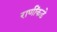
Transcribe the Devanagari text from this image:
राणींकडे